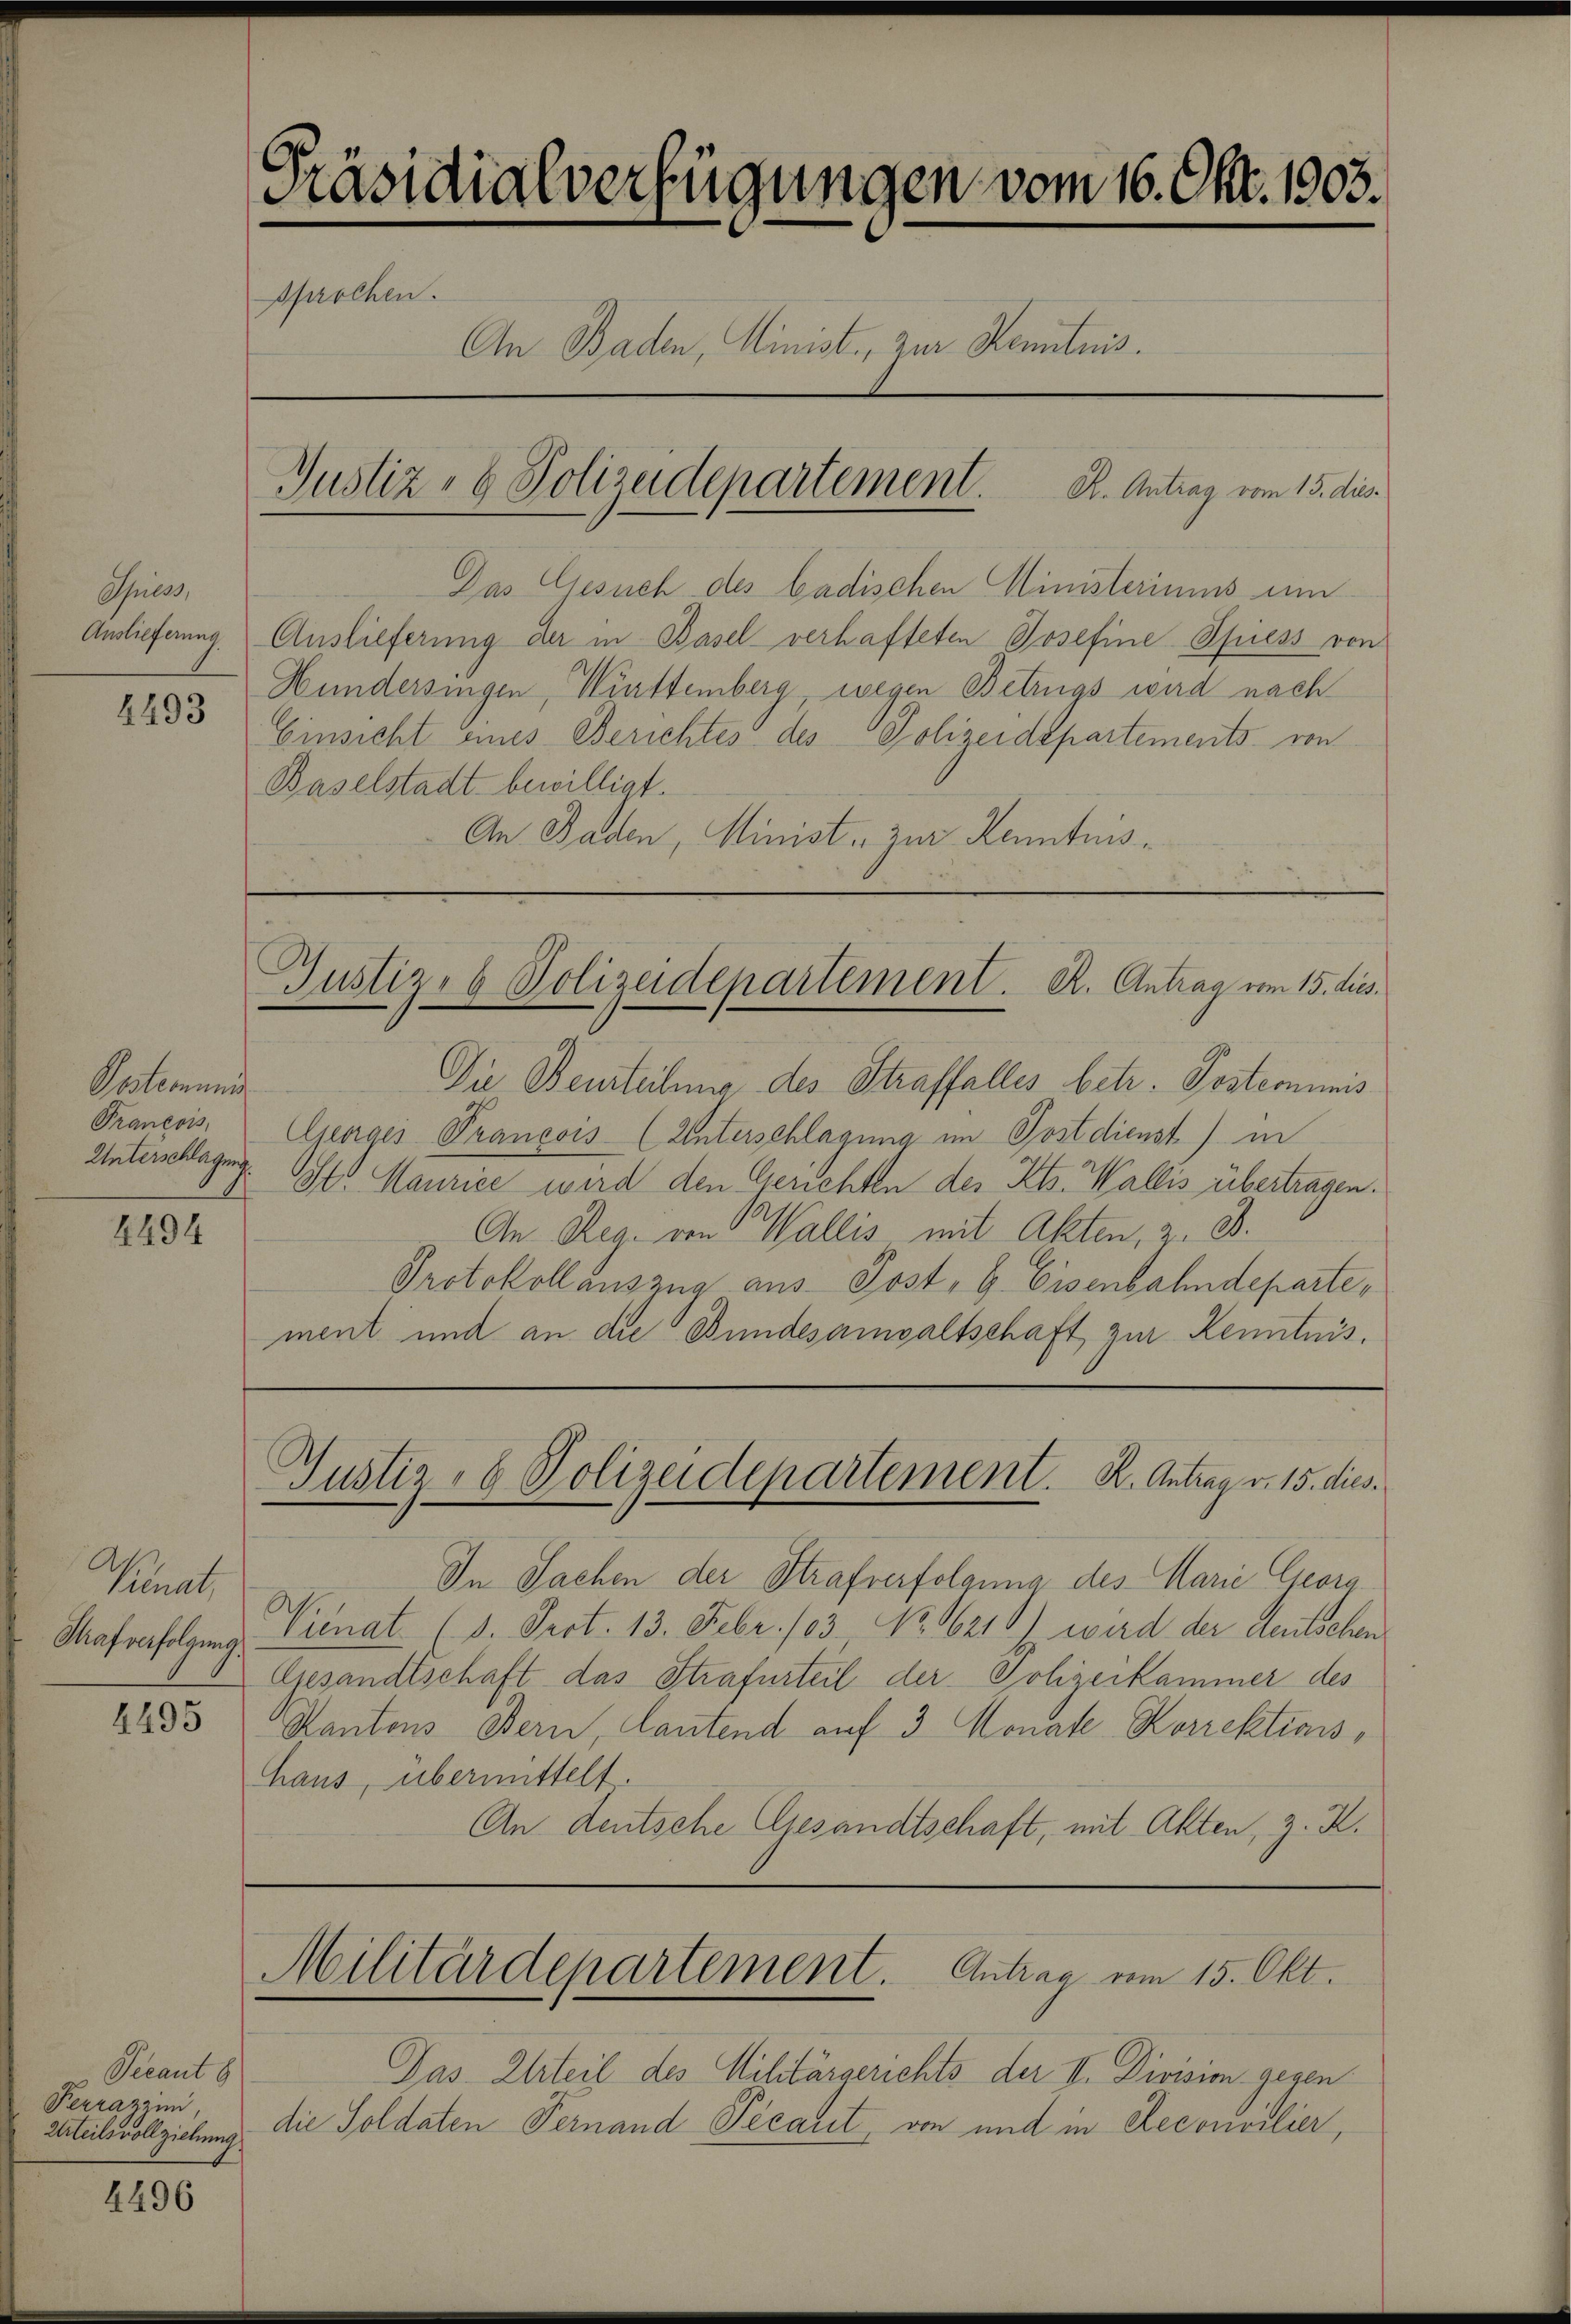
Apress,
Auslieferung

2493

Oesternung
Unterschlagung.
4494

Penat,
Straf verfolgung.

4495

Seeant b
Ferrazzini,
Urteilsvollziehung

4496

Präsidialverfügungen vom 16. Okt. 1903.
An Baden, Minist, zur Kenntnis.
Justiz- & Polizeidepartement. K. Antrag vom 15. dies

sprochen.

Das Gesuch des badischen Ministeriums um
Auslieferung der in Basel verhafteten Josefine Spiess von
Hundersingen, Württemberg, wegen Betrugs wird nach
Einsicht eines Berichtes des Polizeidepartements von
Baselstadt bewilligt.
An Baden, Minist, zur Kenntnis¬

Protokoll auszug aus Post, G. Eisenbahndeparte,
ment und an die Bundesanwaltschaft zur Kenntnis,

Die Beurteilung des Straffalles betr. Postcommis
Francois, Georges Prancois (Unterschlagung im Postdienst in
St Maurice wird den Gerichten des Kts. Wallis übertragen.
An Reg. von Wallis mit Akten, z. B.
Justiz- & Polizeidepartement. K. Antrag v. 15. dies
In Sachen der Strafverfolgung des Marie Geora¬
Venat (d. Prot. 13. Febr. 103 No. 16210) wird der deutschen
Gesandtschaft das Strafurteil der Polizeikammer des
Kantons Bern, lautend auf 3 Monate-Korrektions¬
Haus, übermittelt
An Deutsche Gesandtschaft, mit Akten, z. K.

Justiz- & Polizeidepartement. R. Antrag vom 15. dies

Militärdepartement. Antrag vom 15. Okt.

Das Urteil des Militärgerichts der II. Division gegen
die Soldaten Pernand Pécaut, von und in Reconsilier,